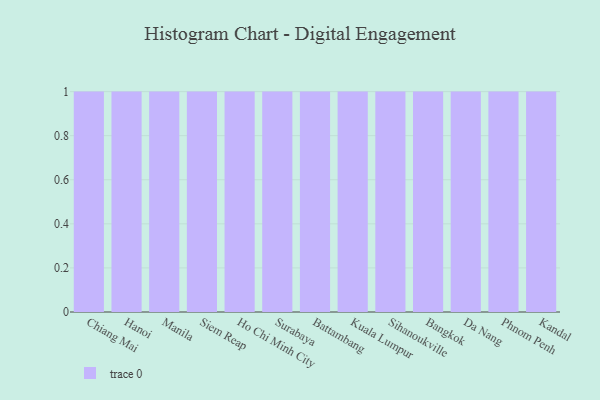
{"axis": {"x": "City", "y": "Shipments"}, "legend": [""], "data": [{"x": "Chiang Mai", "y": 6, "type": ""}, {"x": "Hanoi", "y": 47, "type": ""}, {"x": "Manila", "y": 37, "type": ""}, {"x": "Siem Reap", "y": 61, "type": ""}, {"x": "Ho Chi Minh City", "y": 4, "type": ""}, {"x": "Surabaya", "y": 24, "type": ""}, {"x": "Battambang", "y": 44, "type": ""}, {"x": "Kuala Lumpur", "y": 6, "type": ""}, {"x": "Sihanoukville", "y": 21, "type": ""}, {"x": "Bangkok", "y": 62, "type": ""}, {"x": "Da Nang", "y": 24, "type": ""}, {"x": "Phnom Penh", "y": 6, "type": ""}, {"x": "Kandal", "y": 25, "type": ""}]}